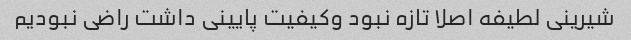
شیرینی لطیفه اصلا تازه نبود وکیفیت پایینی داشت راضی نبودیم